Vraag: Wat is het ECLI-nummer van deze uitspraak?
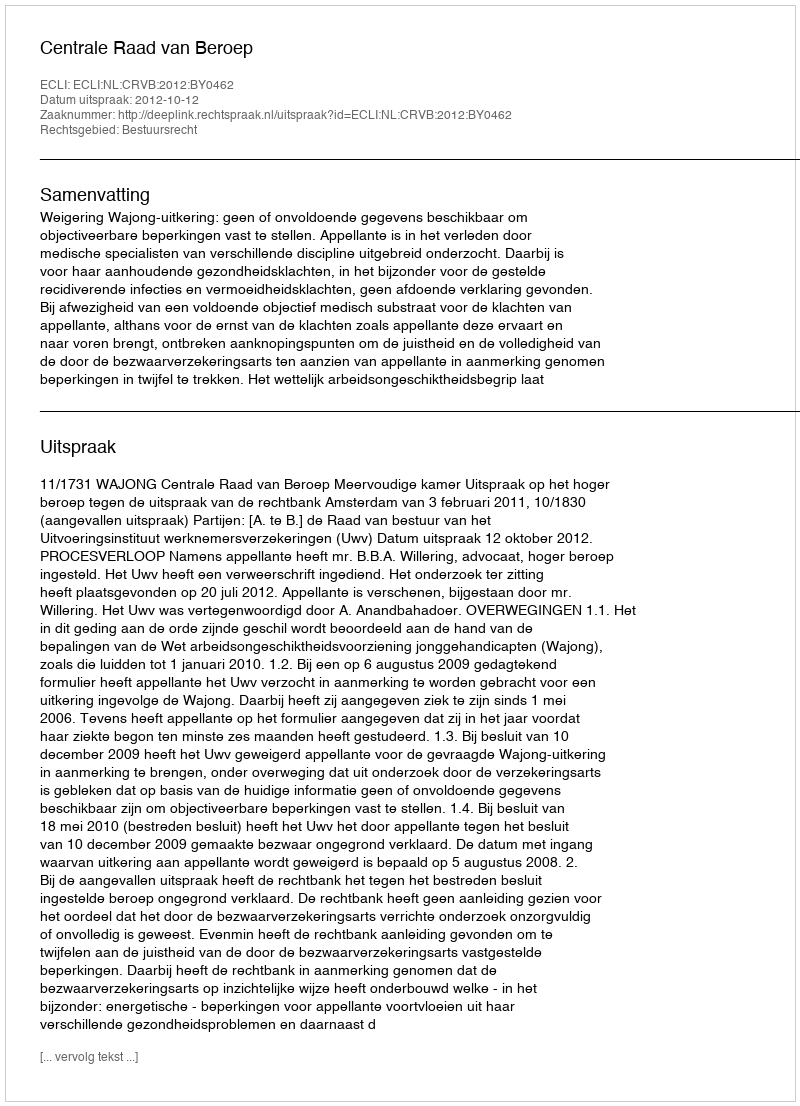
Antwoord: ECLI:NL:CRVB:2012:BY0462